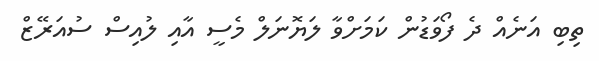
ތިބި އަނެއް ދެ ފޯވަޑުން ކަމަށްވާ ލަޔޮނަލް މެސީ އާއި ލުއިސް ސުއަރޭޒް